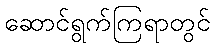
ဆောင်ရွက်ကြရာတွင်